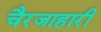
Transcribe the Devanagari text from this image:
चैरजाहारी